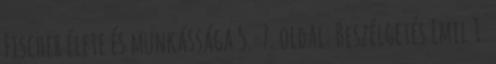
Fischer élete és munkássága 5.-7. oldal: Beszélgetés Emil 1.